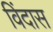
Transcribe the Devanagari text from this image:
विंदास